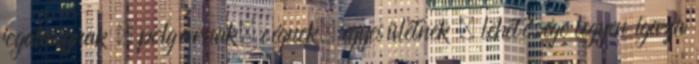
jogalanynak – polgárnak, cégnek, egyesületnek – lehetősége legyen igaza